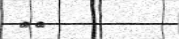
٥٩